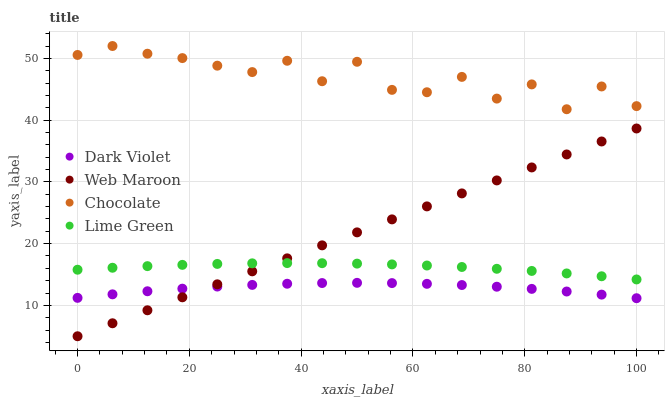
| xaxis_label | Dark Violet | Web Maroon | Chocolate | Lime Green |
 | --- | --- | --- | --- | --- |
 | 0 | 11.2 | 5 | 50.6 | 15.8 |
 | 6.25 | 11.8 | 7.1 | 52 | 16.1 |
 | 12.5 | 12.3 | 9.21 | 50.8 | 16.4 |
 | 18.8 | 12.7 | 11.3 | 50 | 16.6 |
 | 25 | 13 | 13.4 | 48.8 | 16.7 |
 | 31.2 | 13.3 | 15.5 | 47.8 | 16.8 |
 | 37.5 | 13.5 | 17.6 | 49.6 | 16.8 |
 | 43.8 | 13.6 | 19.7 | 46.3 | 16.8 |
 | 50 | 13.7 | 21.8 | 49.4 | 16.8 |
 | 56.2 | 13.6 | 23.9 | 44.9 | 16.6 |
 | 62.5 | 13.5 | 26 | 44.5 | 16.5 |
 | 68.8 | 13.3 | 28.1 | 47 | 16.2 |
 | 75 | 13 | 30.2 | 43.5 | 15.9 |
 | 81.2 | 12.7 | 32.3 | 45.8 | 15.6 |
 | 87.5 | 12.2 | 34.4 | 41.8 | 15.2 |
 | 93.8 | 11.7 | 36.5 | 45.5 | 14.7 |
 | 100 | 11.2 | 38.6 | 42.3 | 14.2 |